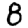
Digit: 8